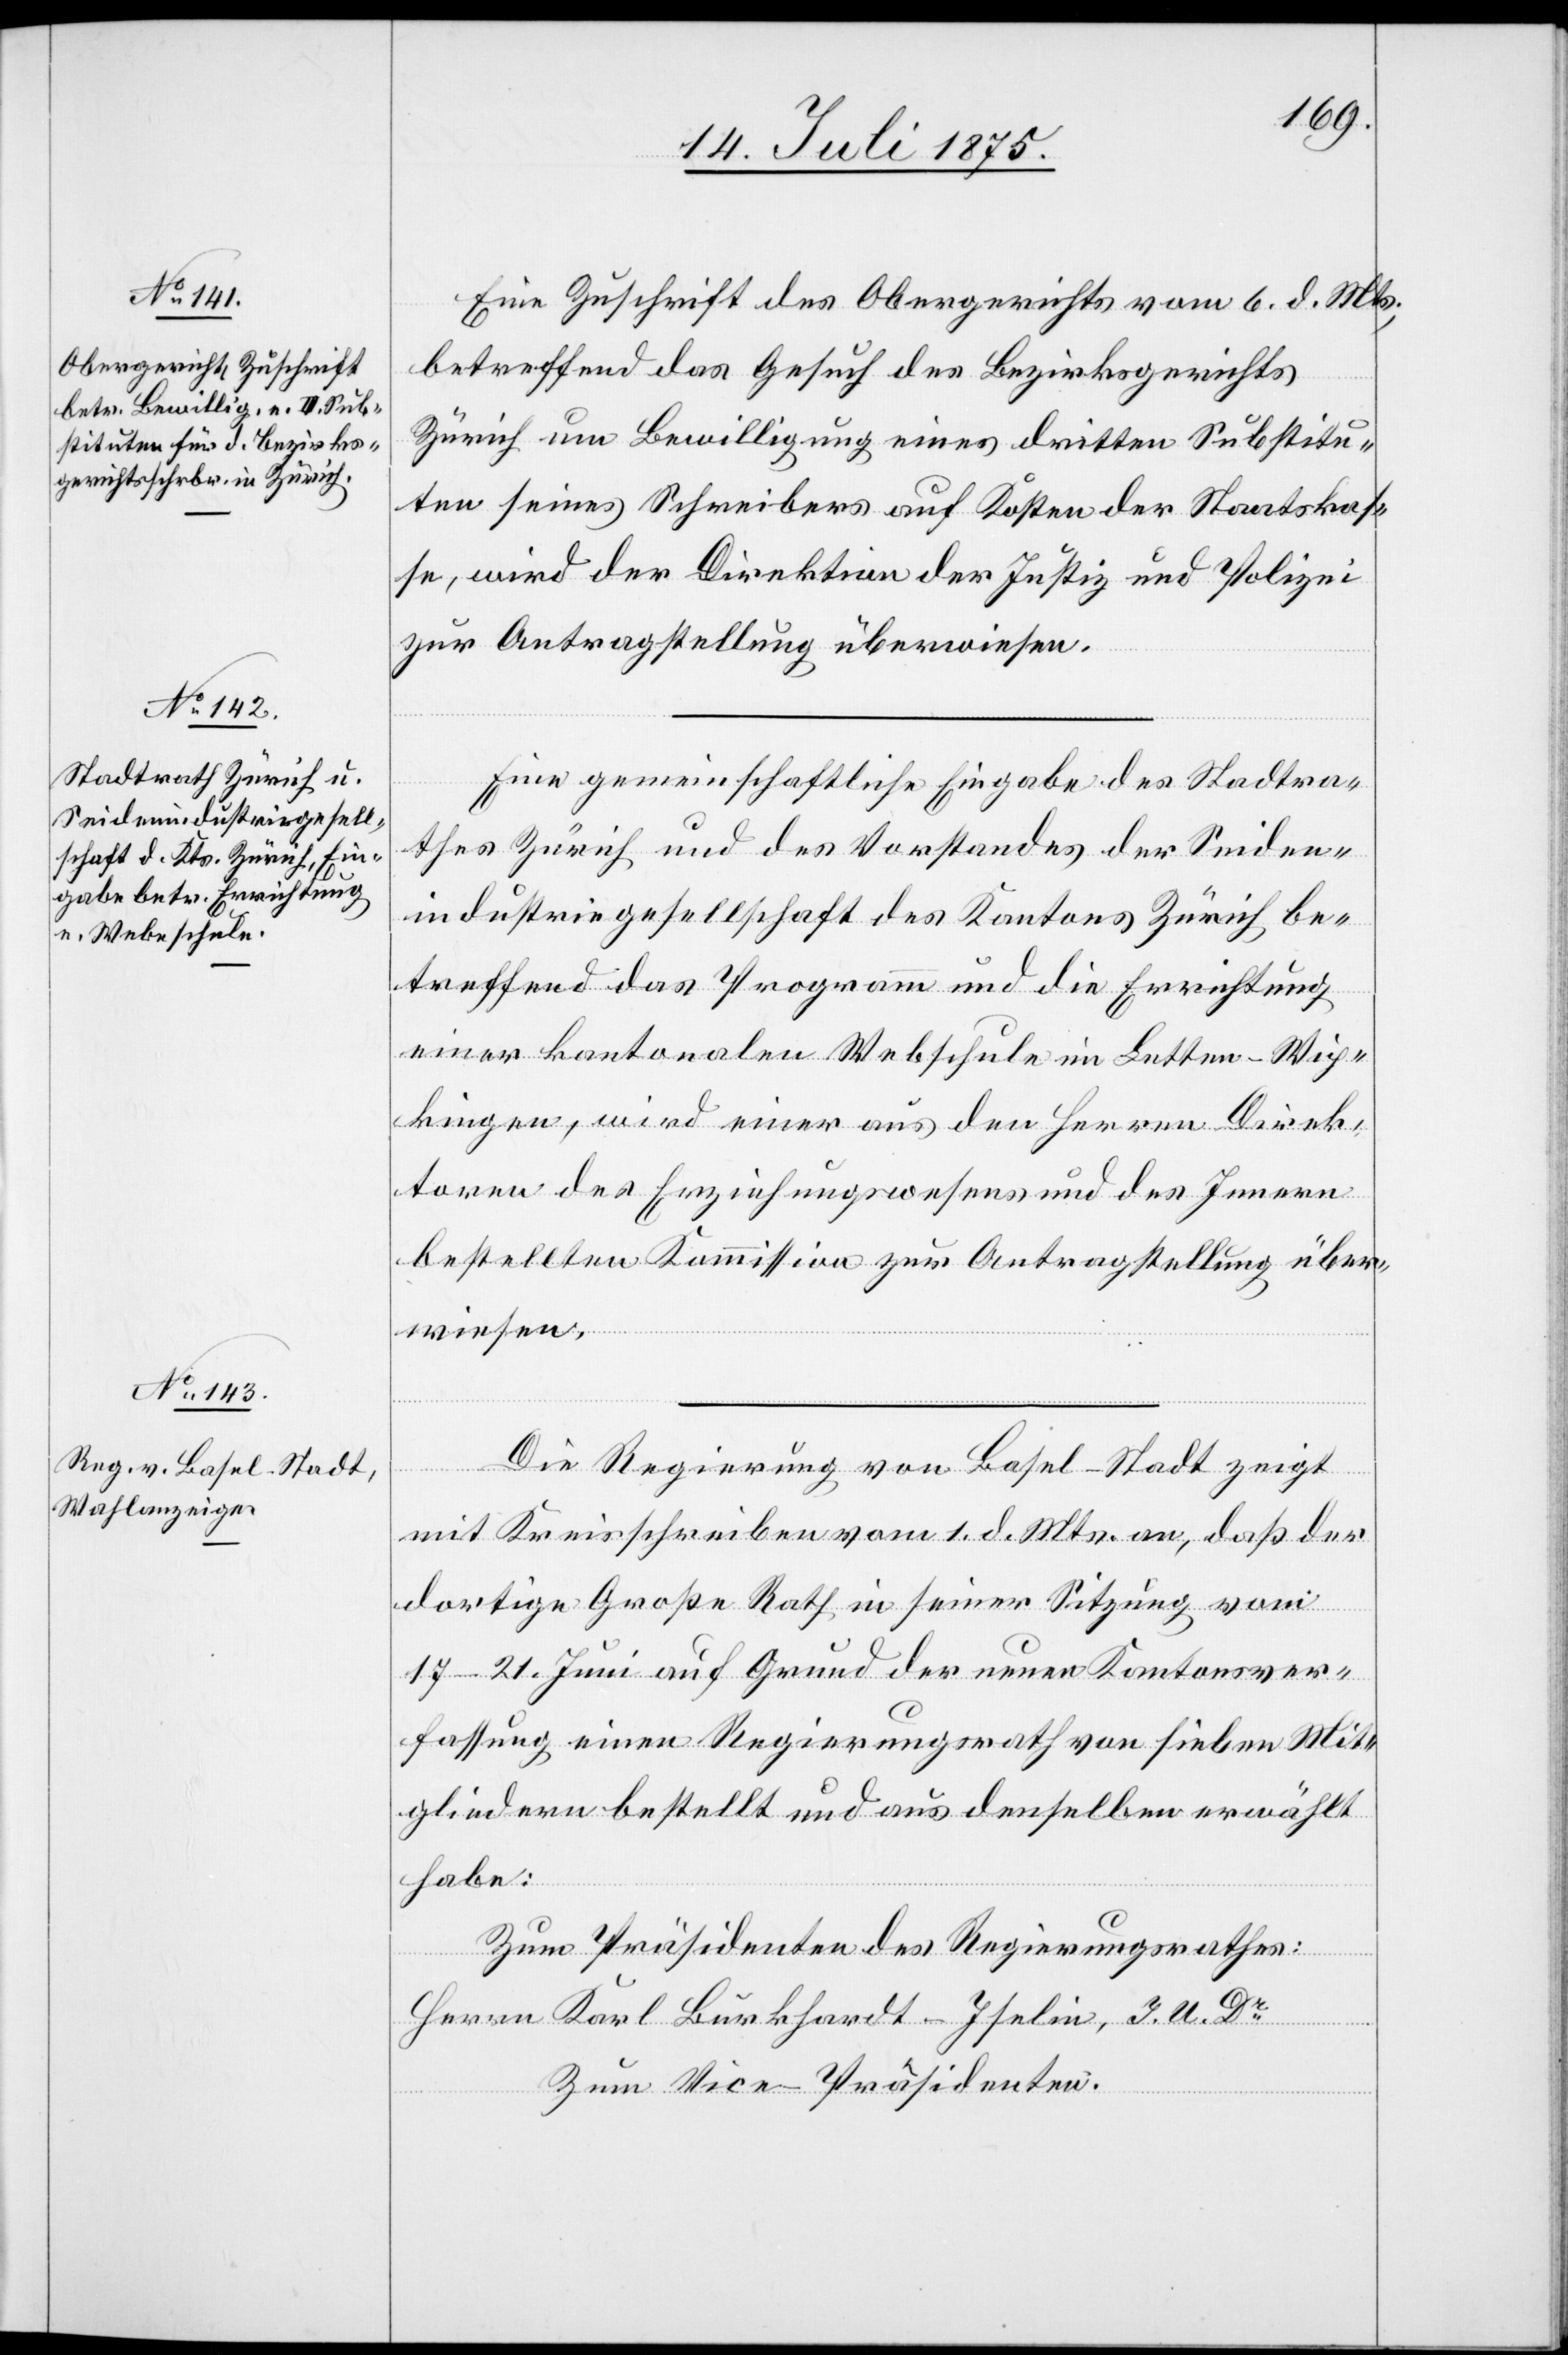
Eine Zuschrift des Obergerichtes vom 6. d. Mts.,
betreffend das Gesuch des Bezirksgerichtes
Zürich um Bewilligung eines dritten Substitu¬
ten seines Schreibers auf Kosten der Staatskas¬
se, wird der Direktion der Justiz und Polizei
zur Antragstellung überwiesen.
Eine gemeinschaftliche Eingabe des Stadtra¬
thes Zürich und des Vorstandes der Seiden¬
industriegesellschaft des Kantons Zürich be¬
treffend das Programm und die Errichtung
einer kantonalen Webschule im Letten - Wip¬
kingen, wird einer aus den Herren Direk¬
toren des Erziehungswesens und des Innern
bestellten Kommission zur Antragstellung über¬
wiesen.
Die Regierung von Basel-Stadt zeigt
mit Kreisschreiben vom 1. d. Mts. an, daß der
dortige Große Rath in seiner Sitzung vom
17–21. Juni auf Grund der neuen Kantonsver¬
fassung einen Regierungsrath von sieben Mit¬
gliedern bestellt und aus denselben erwählt
habe:
Zum Präsidenten des Regierungsrathes:
Herrn Karl Burkhardt-Iselin, I. U. Dr
Zum Vice-Präsidenten: